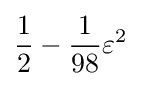
{\frac {1}{2}}-{\frac {1}{98}}\varepsilon ^{2}